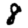
Digit: 8